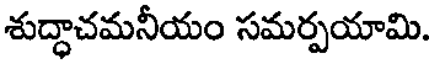
శుద్ధాచమనీయం సమర్పయామి.